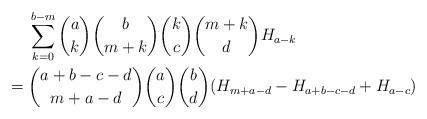
LaTeX: \begin{align*} & \sum_{k=0}^{b-m} \binom{a}{k}\binom{b}{m+k}\binom{k}{c}\binom{m+k}{d}H_{a-k} \\={} & \binom{a+b-c-d}{m+a-d}\binom{a}{c}\binom{b}{d}(H_{m+a-d}-H_{a+b-c-d}+H_{a-c})\end{align*}